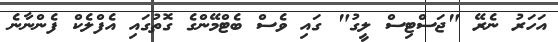
އަހަރު ނެރޭ "ޖަސްޓިސް ލީގު" ގައި ވެސް ބެޓްމޭންގެ ގޮތުގައި އެފްލެކް ފެންނާނެ